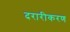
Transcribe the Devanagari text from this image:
दरारीकरण